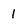
Character: 1